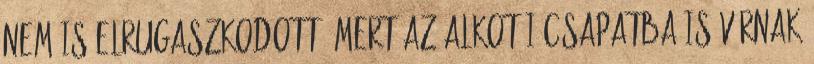
nem is elrugaszkodott, mert az alkotói csapatba is várnak